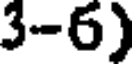
3-6)